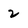
Character: 2